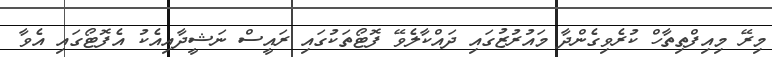
މިރޭ މިއިފްތިތާހް ކުރެވިގެންދާ މައުރުޒުގައި ދައްކާލެވޭ ފޮޓޯތަކުގައި ރައީސް ނަޝީދާއިއެކު އެފޮޓޯގައި އެވާ